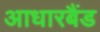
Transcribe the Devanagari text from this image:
आधारबैंड